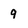
Character: 9